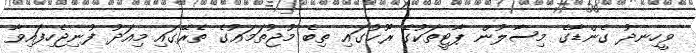
ވީހިނދު ގެންޑާގެ މިސާލުން ޕާޓީތަކުގެ ރޫޚުގައި ތިބެ މުޖުތަމަޢުގެ ތެރޭގައި މިއަދު ފުނިޖެހިފައިވާ